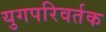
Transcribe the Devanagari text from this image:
युगपरिवर्तक